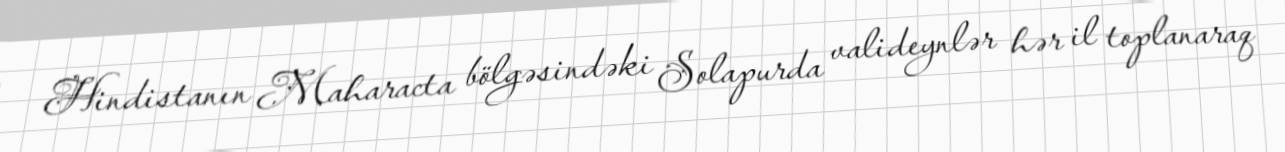
Hindistanın Maharacta bölgəsindəki Solapurda valideynlər hər il toplanaraq